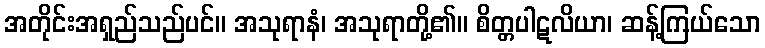
အတိုင်းအရှည်သည်ပင်။ အသုရာနံ၊ အသုရာတို့၏။ စိတ္တပါဋလိယာ၊ ဆန့်ကြယ်သော